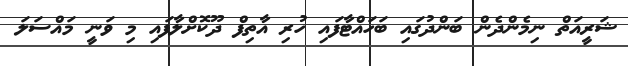
ޝަރީއަތް ނިމެންދެން ބަންދުގައި ބަހައްޓާފައި ހުރި އާތިފް ދޫކޮށްލާފައި މި ވަނީ މައްސަލަ